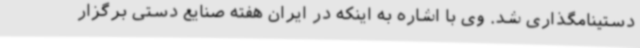
دستینامگذاری شد. وی با اشاره به اینکه در ایران هفته صنایع دستی برگزار